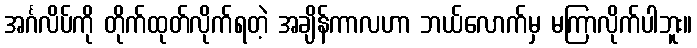
အင်္ဂလိပ်ကို တိုက်ထုတ်လိုက်ရတဲ့ အချိန်ကာလဟာ ဘယ်လောက်မှ မကြာလိုက်ပါဘူး။